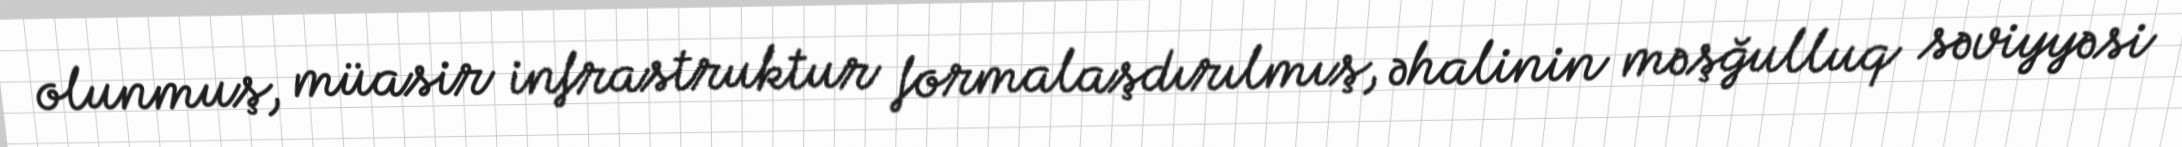
olunmuş, müasir infrastruktur formalaşdırılmış, əhalinin məşğulluq səviyyəsi